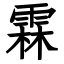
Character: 霖